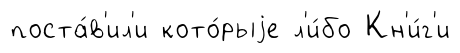
поста́в'ил'и кото́рыjе л'и́бо Кн'и́г'и